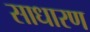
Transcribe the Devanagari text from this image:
साधारण्‍ा